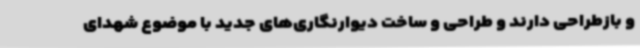
و بازطراحی دارند و طراحی و ساخت دیوارنگاری‌های جدید با موضوع شهدای